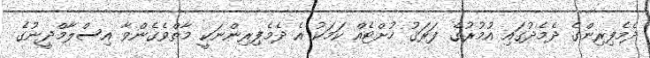
ދެމެފިރިންގެ ދެމެދުގައި އުމުރުގެ ފަރަޤު ހުށްޓެއް ކަމަކު އެ ދެމެފިރިންނަކީ މާތްވެގެންވާ އިސްލާމްދީނުގެ